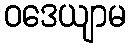
ဝဒေယျာမ